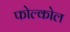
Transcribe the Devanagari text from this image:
फोल्कोल